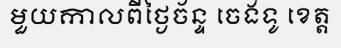
មួយកាលពីថ្ងៃច័ន្ទ ចេងទូ ខេត្ត